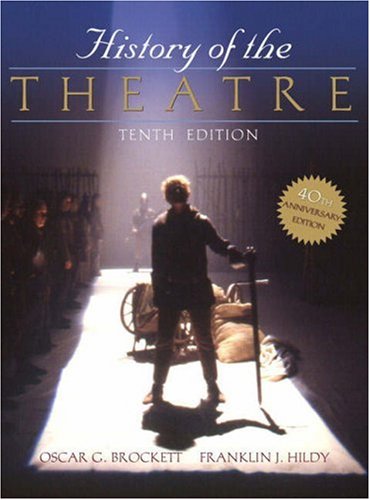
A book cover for History of the Theatre; Oscar G. Brockett; Humor & Entertainment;